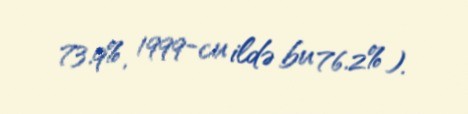
73.9%, 1999-cu ildə bu 76.2%).